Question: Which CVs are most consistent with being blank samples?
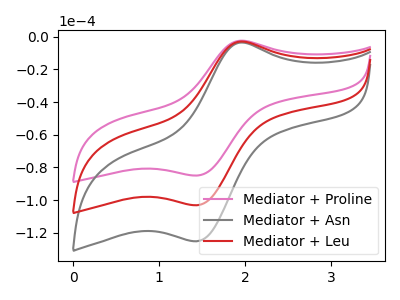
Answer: <think>The pink curve "Mediator + Proline" has an anodic peak at (1.95V, -2.40uA) and a cathodic peak at (1.45V, -84.95uA). The gray curve "Mediator + Asn" has an anodic peak at (1.95V, -5.80uA) and a cathodic peak at (1.45V, -206.20uA). The red curve "Mediator + Leu" has an anodic peak at (1.95V, -2.90uA) and a cathodic peak at (1.45V, -103.10uA).</think>
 <answer>There are not any CV's on this graph that are likely to be blanks.</answer>
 <eval>none</eval>